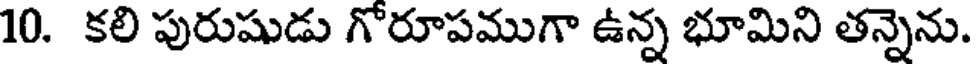
10. కలి పురుషుడు గోరూపముగా ఉన్న భూమిని తన్నెను.